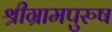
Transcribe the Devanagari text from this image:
श्रीग्रामपुरुष